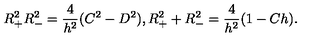
R _ { + } ^ { 2 } R _ { - } ^ { 2 } = \frac { 4 } { h ^ { 2 } } ( C ^ { 2 } - D ^ { 2 } ) , R _ { + } ^ { 2 } + R _ { - } ^ { 2 } = \frac { 4 } { h ^ { 2 } } ( 1 - C h ) .